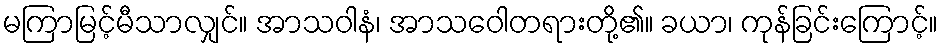
မကြာမြင့်မီသာလျှင်။ အာသဝါနံ၊ အာသဝေါတရားတို့၏။ ခယာ၊ ကုန်ခြင်းကြောင့်။